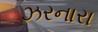
ઝરનારા